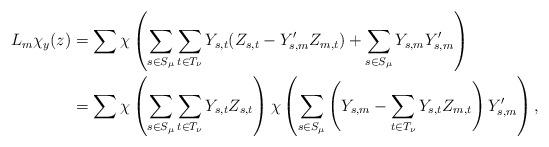
LaTeX: \begin{align*}L_m\chi_y(z) &= \sum\chi\left( \sum_{s \in S_\mu}\sum_{t \in T_\nu} Y_{s,t}(Z_{s,t} - Y'_{s,m}Z_{m,t}) + \sum_{s \in S_\mu} Y_{s,m}Y'_{s,m}\right) \\&= \sum\chi\left( \sum_{s \in S_\mu}\sum_{t \in T_\nu} Y_{s,t}Z_{s,t}\right)\chi\left( \sum_{s \in S_\mu}\left( Y_{s,m} - \sum_{t \in T_\nu} Y_{s,t}Z_{m,t}\right)Y'_{s,m}\right),\end{align*}